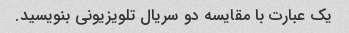
یک عبارت با مقایسه دو سریال تلویزیونی بنویسید.